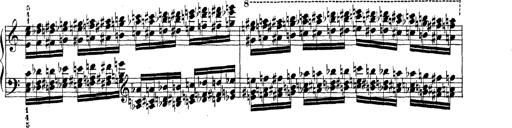
Title: Technische Studien
Composer: Franz Liszt